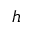
h